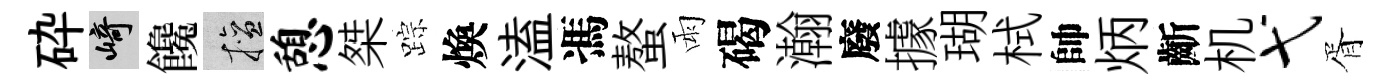
砕崎饞擅憩桀踪煥溘馮螯雨碣瀚廢據瑚栻帥炳齗机弋胥